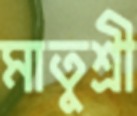
মাতুশ্রী